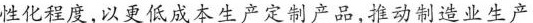
性化程度,以更低成本生产定制产品,推动制造业生产